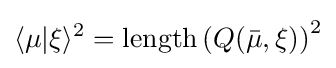
\langle \mu |\xi \rangle ^{2}={\hbox{length}}\left(Q({\bar {\mu }},\xi )\right)^{2}